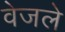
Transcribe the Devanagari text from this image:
वेजले